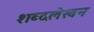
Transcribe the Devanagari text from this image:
शब्दलेखन